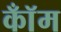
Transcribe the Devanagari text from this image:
कॉँम